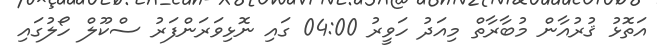
އަތޮޅު ޤުރުއާން މުބާރާތް މިއަދު ހަވީރު 04:00 ގައި ނޮޅިވަރަންފަރު ސްކޫލް ހޯލުގައި